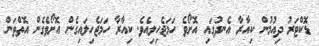
ޑޮކްޓަރު ދިއުމުން ކިއާރާ އެނދުގައި އޮށޯވެ ހަމަޖެހިލިއެވެ. ކިއާރާ ހަމަޖެހިލައިގެން އޮށޯވެގެން އޮތްތަން